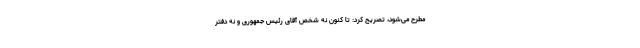
مطرح می‌شود، تصریح کرد: تا کنون نه شخص آقای رئیس جمهوری و نه دفتر